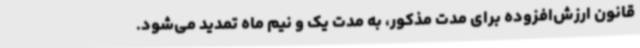
قانون ارزش‌افزوده برای مدت مذکور، به مدت یک و نیم ماه تمدید می‌شود.